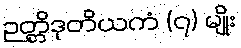
ဉတ္တိဒုတိယကံ (၇) မျိုး